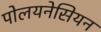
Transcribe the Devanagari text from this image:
पोलयनेसियन